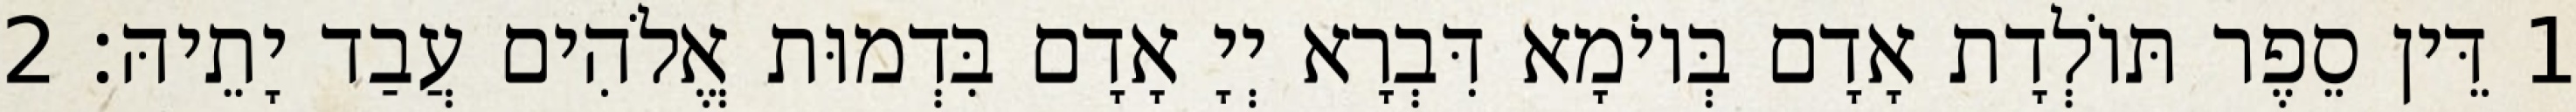
1 דֵּין סֵפֶר תּוֹלְדָת אָדָם בְּיוֹמָא דִּבְרָא יְיָ אָדָם בִּדְמוּת אֱלֹהִים עֲבַד יָתֵיהּ׃ 2